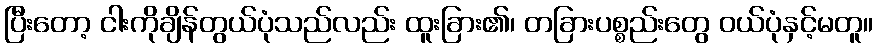
ပြီးတော့ ငါးကိုချိန်တွယ်ပုံသည်လည်း ထူးခြား၏၊ တခြားပစ္စည်းတွေ ဝယ်ပုံနှင့်မတူ။